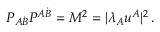
P _ { A \dot { B } } P ^ { A \dot { B } } = M ^ { 2 } = | \lambda _ { A } u ^ { A } | ^ { 2 } \, .